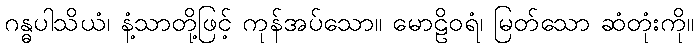
ဂန္ဓပါသိယံ၊ နံ့သာတို့ဖြင့် ကုန်အပ်သော။ မောဠိဝရံ၊ မြတ်သော ဆံတုံးကို။